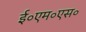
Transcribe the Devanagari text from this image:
ई॰एम॰एस॰